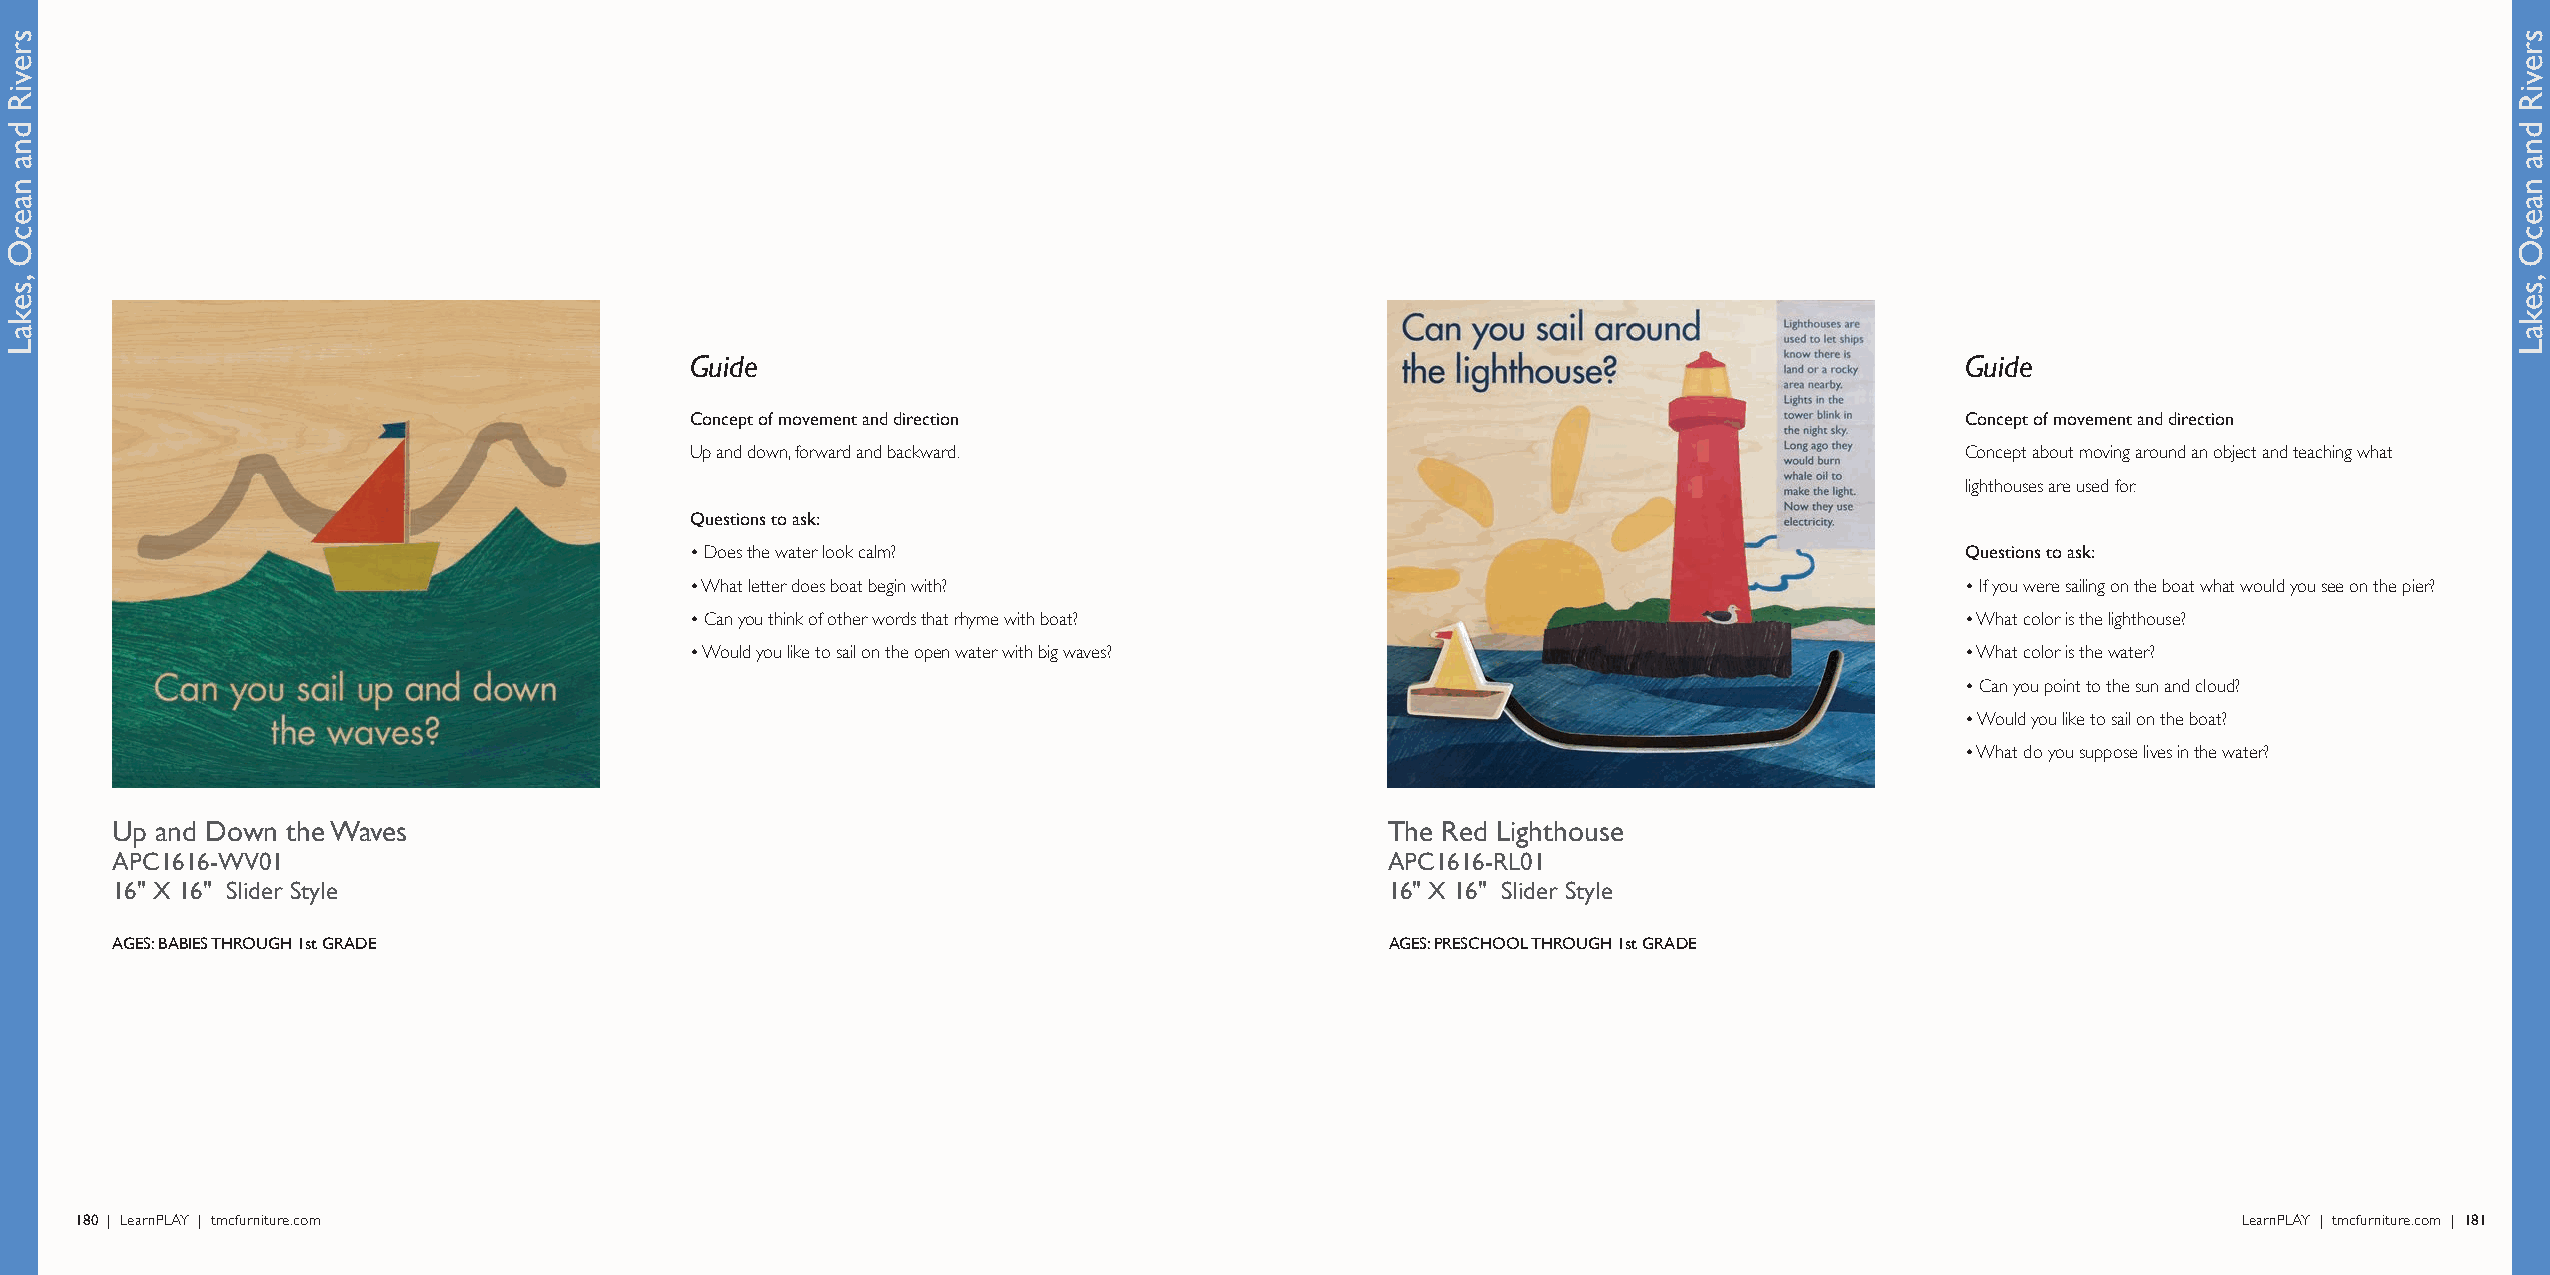
Guide                                                                               Guide
 Concept of movement and direction                                                   Concept of movement and direction
 Up and down, forward and backward.                                                  Concept about moving around an object and teaching what
 lighthouses are used for.
 Questions to ask:
 • Does the water look calm?                                                         Questions to ask:
 • What letter does boat begin with?                                                 • If you were sailing on the boat what would you see on the pier?
 • Can you think of other words that rhyme with boat?                                • What color is the lighthouse?
 • Would you like to sail on the open water with big waves?                          • What color is the water?
 • Can you point to the sun and cloud?
 • Would you like to sail on the boat?
 • What do you suppose lives in the water?
 Up and Down the Waves                                                                The Red Lighthouse
 APC1616-WV01                                                                         APC1616-RL01
 16" X 16" Slider Style                                                               16" X 16" Slider Style
 AGES: BABIES THROUGH 1st GRADE                                                       AGES: PRESCHOOL THROUGH 1st GRADE
 180 | LearnPLAY | tmcfurniture.com                                                                                                             LearnPLAY | tmcfurniture.com | 181
 sreviR
 dna
 naecO
 ,sekaL
 sreviR
 dna
 naecO
 ,sekaL